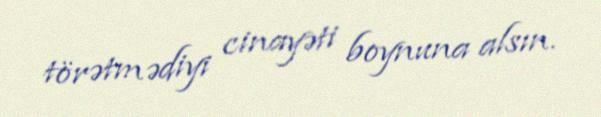
törətmədiyi cinayəti boynuna alsın.